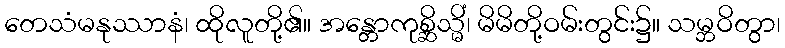
တေသံမနုဿာနံ၊ ထိုလူတို့၏။ အန္တောကုစ္ဆိသ္မိံ၊ မိမိတို့ဝမ်းတွင်း၌။ သမ္ဘဝိတွာ၊